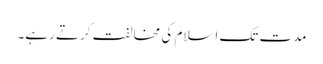
مدت تک اسلام کی مخالفت کرتے رہے۔